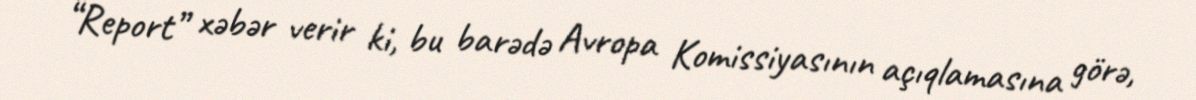
“Report” xəbər verir ki, bu barədə Avropa Komissiyasının açıqlamasına görə,